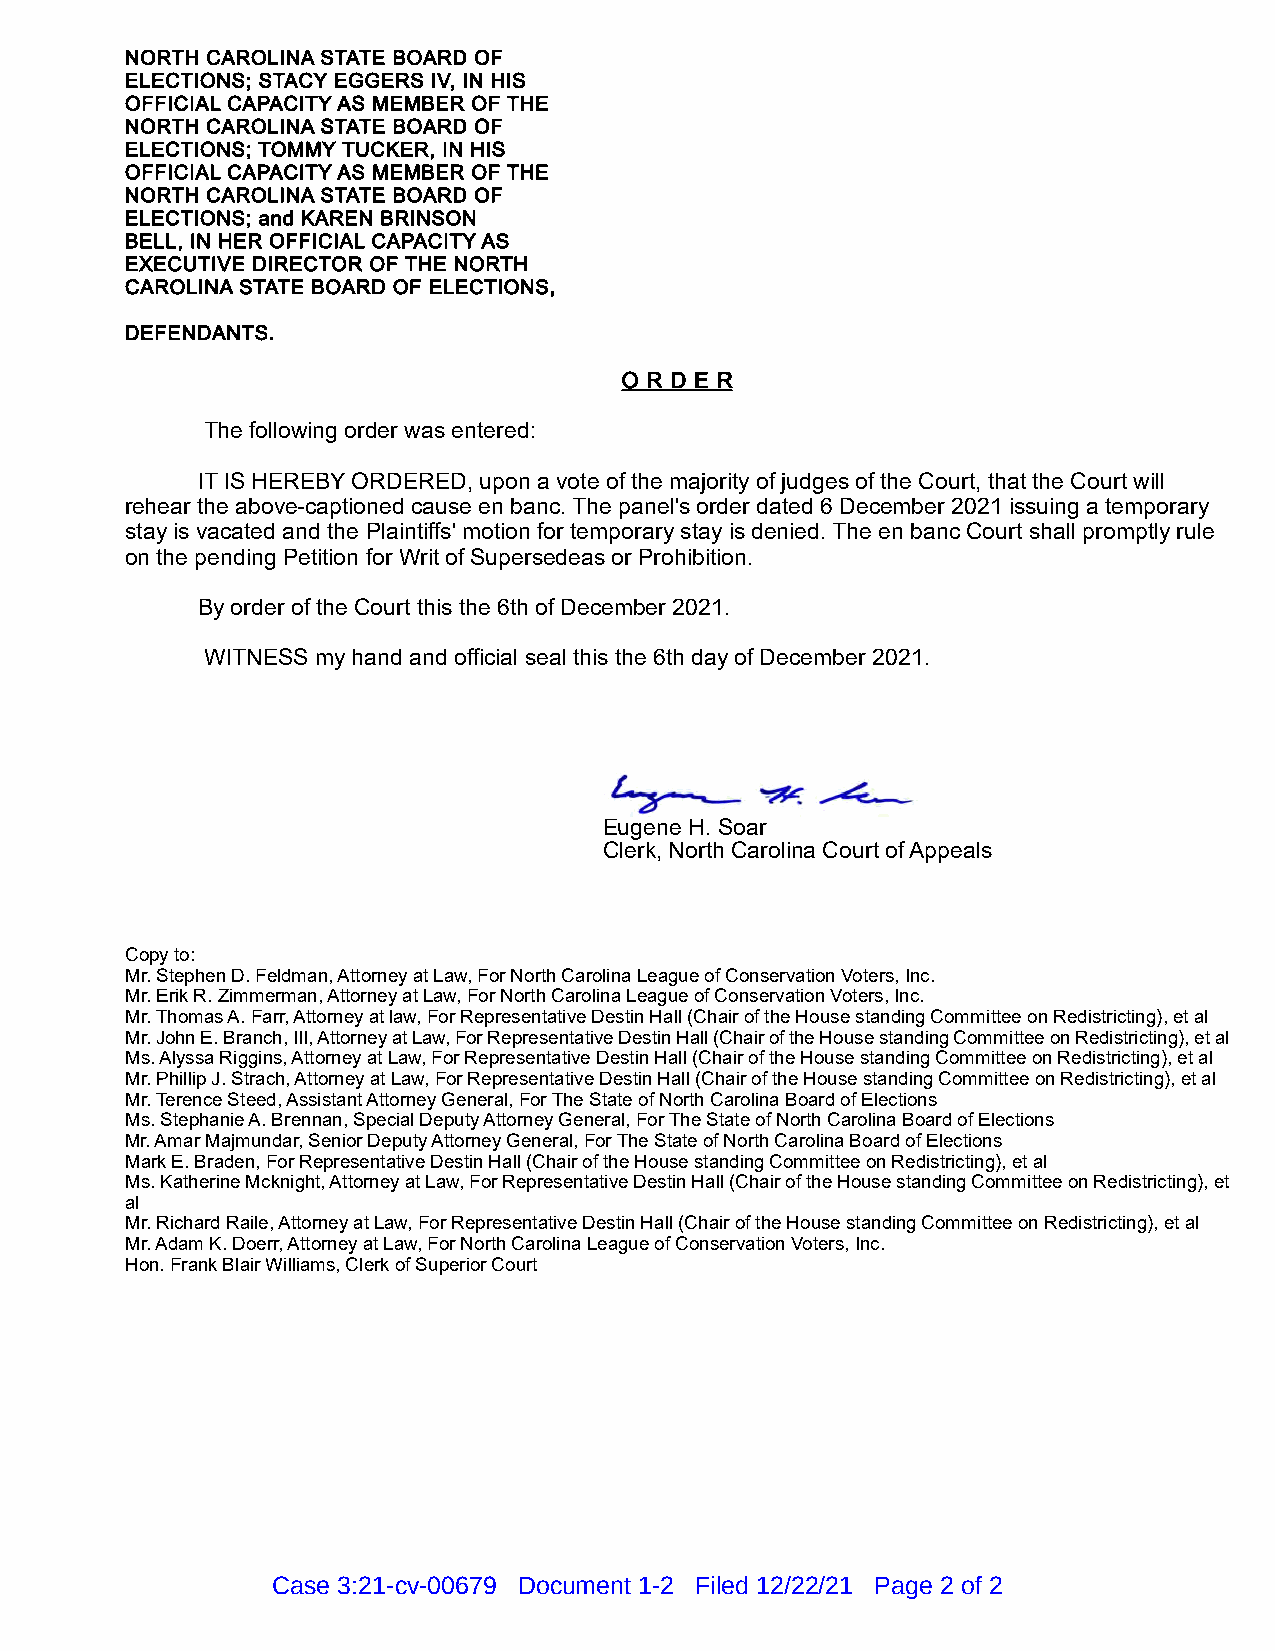
NORTH CAROLINA STATE BOARD OF
 ELECTIONS; STACY EGGERS IV, IN HIS
 OFFICIAL CAPACITY AS MEMBER OF THE
 NORTH CAROLINA STATE BOARD OF
 ELECTIONS; TOMMY TUCKER, IN HIS
 OFFICIAL CAPACITY AS MEMBER OF THE
 NORTH CAROLINA STATE BOARD OF
 ELECTIONS; and KAREN BRINSON
 BELL, IN HER OFFICIAL CAPACITY AS
 EXECUTIVE DIRECTOR OF THE NORTH
 CAROLINA STATE BOARD OF ELECTIONS,
 DEFENDANTS.
 O R D E R
 The following order was entered:
 IT IS HEREBY ORDERED, upon a vote of the majority of judges of the Court, that the Court will
 rehear the above-captioned cause en banc. The panel's order dated 6 December 2021 issuing a temporary
 stay is vacated and the Plaintiffs' motion for temporary stay is denied. The en banc Court shall promptly rule
 on the pending Petition for Writ of Supersedeas or Prohibition.
 By order of the Court this the 6th of December 2021.
 WITNESS my hand and official seal this the 6th day of December 2021.
 Eugene H. Soar
 Clerk, North Carolina Court of Appeals
 Copy to:
 Mr. Stephen D. Feldman, Attorney at Law, For North Carolina League of Conservation Voters, Inc.
 Mr. Erik R. Zimmerman, Attorney at Law, For North Carolina League of Conservation Voters, Inc.
 Mr. Thomas A. Farr, Attorney at law, For Representative Destin Hall (Chair of the House standing Committee on Redistricting), et al
 Mr. John E. Branch, III, Attorney at Law, For Representative Destin Hall (Chair of the House standing Committee on Redistricting), et al
 Ms. Alyssa Riggins, Attorney at Law, For Representative Destin Hall (Chair of the House standing Committee on Redistricting), et al
 Mr. Phillip J. Strach, Attorney at Law, For Representative Destin Hall (Chair of the House standing Committee on Redistricting), et al
 Mr. Terence Steed, Assistant Attorney General, For The State of North Carolina Board of Elections
 Ms. Stephanie A. Brennan, Special Deputy Attorney General, For The State of North Carolina Board of Elections
 Mr. Amar Majmundar, Senior Deputy Attorney General, For The State of North Carolina Board of Elections
 Mark E. Braden, For Representative Destin Hall (Chair of the House standing Committee on Redistricting), et al
 Ms. Katherine Mcknight, Attorney at Law, For Representative Destin Hall (Chair of the House standing Committee on Redistricting), et
 al
 Mr. Richard Raile, Attorney at Law, For Representative Destin Hall (Chair of the House standing Committee on Redistricting), et al
 Mr. Adam K. Doerr, Attorney at Law, For North Carolina League of Conservation Voters, Inc.
 Hon. Frank Blair Williams, Clerk of Superior Court
 Case 3:21-cv-00679 Document 1-2 Filed 12/22/21 Page 2 of 2